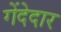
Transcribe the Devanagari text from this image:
गेंदेदार